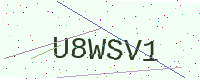
Text: U8WSV1